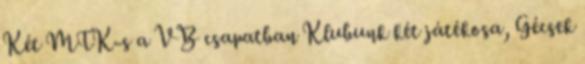
Két MTK-s a VB csapatban Klubunk két játékosa, Gécsek